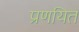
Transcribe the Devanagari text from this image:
प्रणयित